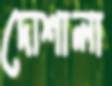
দোশালা